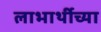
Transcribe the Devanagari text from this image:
लाभार्थीच्या